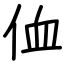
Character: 侐